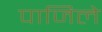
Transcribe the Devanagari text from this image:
पाजिले